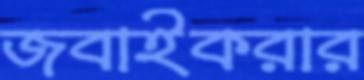
জবাইকরার